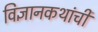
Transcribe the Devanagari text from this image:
विज्ञानकथांची